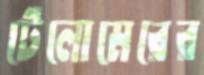
টেলোমেরের